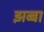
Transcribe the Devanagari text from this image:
झब्बा